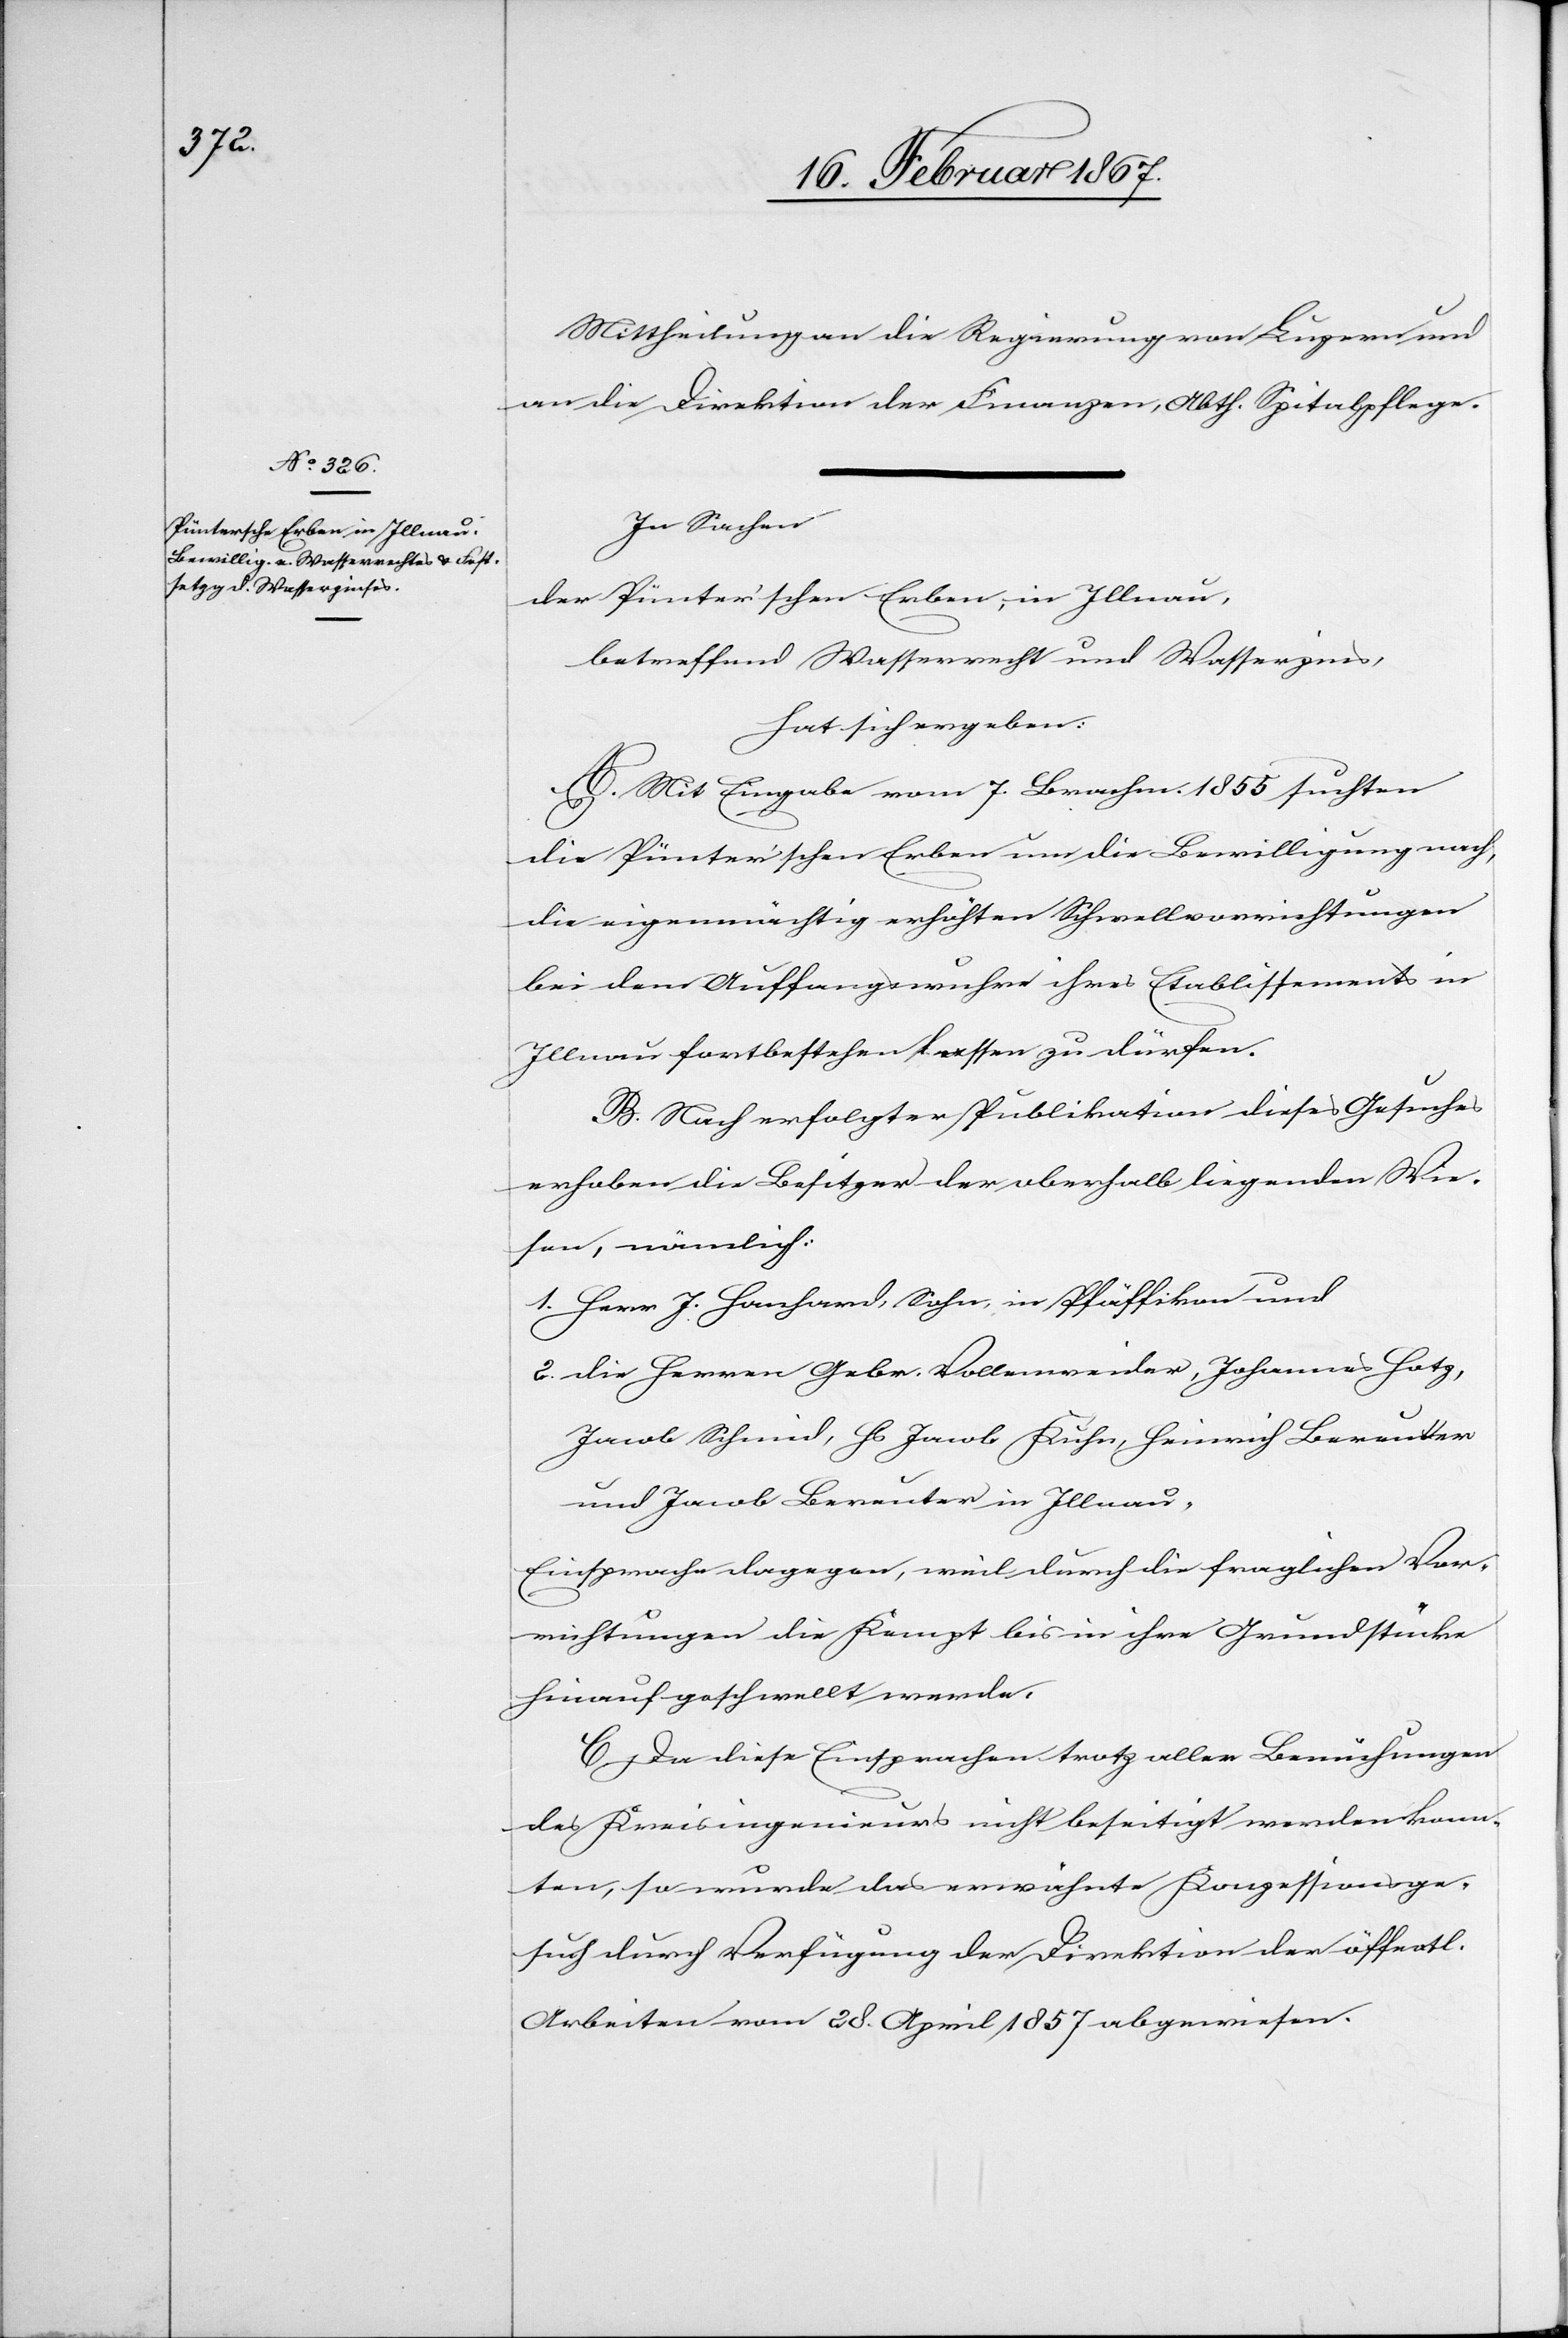
Mittheilung an die Regierung von Luzern und
an die Direktion der Finanzen, Abth. Spitalpflege.
In Sachen
der Pünter’schen Erben, in Illnau,
betreffend Wasserrecht und Wasserzins,
hat sich ergeben:
A. Mit Eingabe vom 7. Brachm. 1855 suchten
die Pünter’schen Erben um die Bewilligung nach,
die eigenmächtig erhöhten Schwellvorrichtungen
bei dem Auffangswuhr ihres Etablissements in
Illnau fortbestehen lassen zu dürfen.
B. Nach erfolgter Publikation dieses Gesuches
erhoben die Besitzer der oberhalb liegenden Wie¬
sen, nämlich:
1. Herr J. Hanhard, Sohn in Pfäffikon und
2. die Herren Gebr. Vollenweider, Johannes Hotz,
Jacob Schmid, Hs Jacob Kuhn, Heinrich Bereuter
und Jacob Bereuter in Illnau,
Einsprache dagegen, weil durch die fraglichen Vor¬
richtungen die Kempt bis in ihre Grundstücke
hinauf geschwellt werde.
C. Da diese Einsprachen trotz aller Bemühungen
des Kreisingenieurs nicht beseitigt werden konn¬
ten, so wurde das erwähnte Konzessionsge¬
such durch Verfügung der Direktion der öffentl.
Arbeiten vom 28. April 1857 abgewiesen.